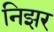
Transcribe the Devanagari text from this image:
निझर